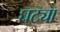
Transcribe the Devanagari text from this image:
घट्या